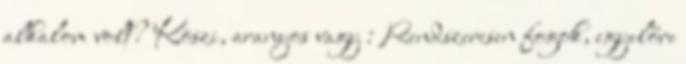
alkalom volt? Köszi, aranyos vagy : Rendszeresen fogok, egyelőre